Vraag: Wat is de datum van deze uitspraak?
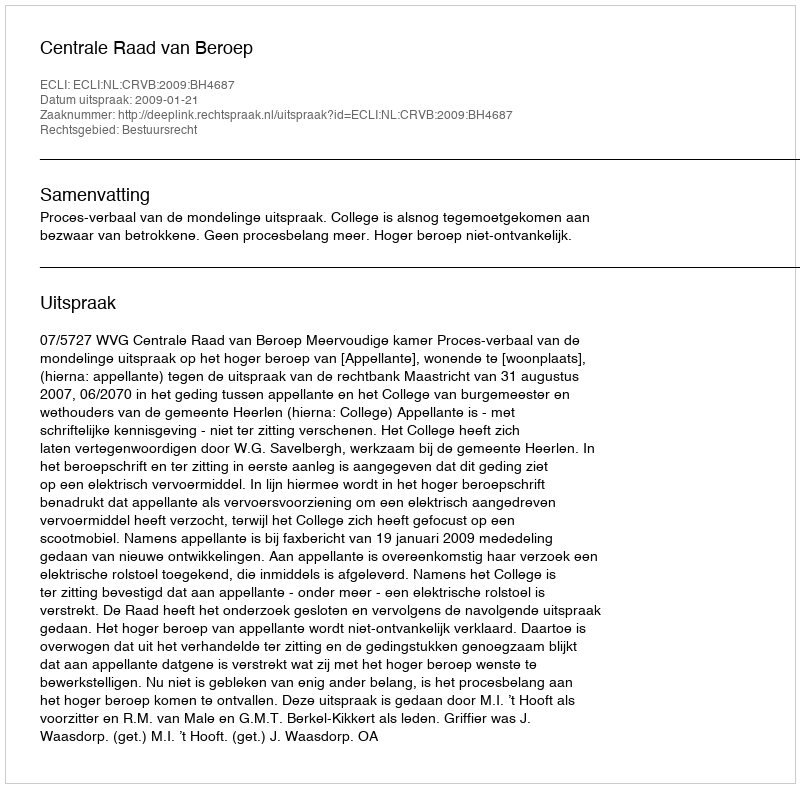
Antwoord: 2009-01-21